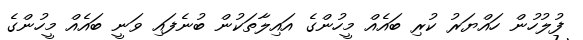
ފުލުހުން ހައްޔަރު ކުރި ބައެއް މީހުންގެ އައިލާތަކުން ބުނެފައި ވަނީ ބައެއް މީހުންގެ